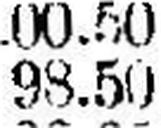
98.50